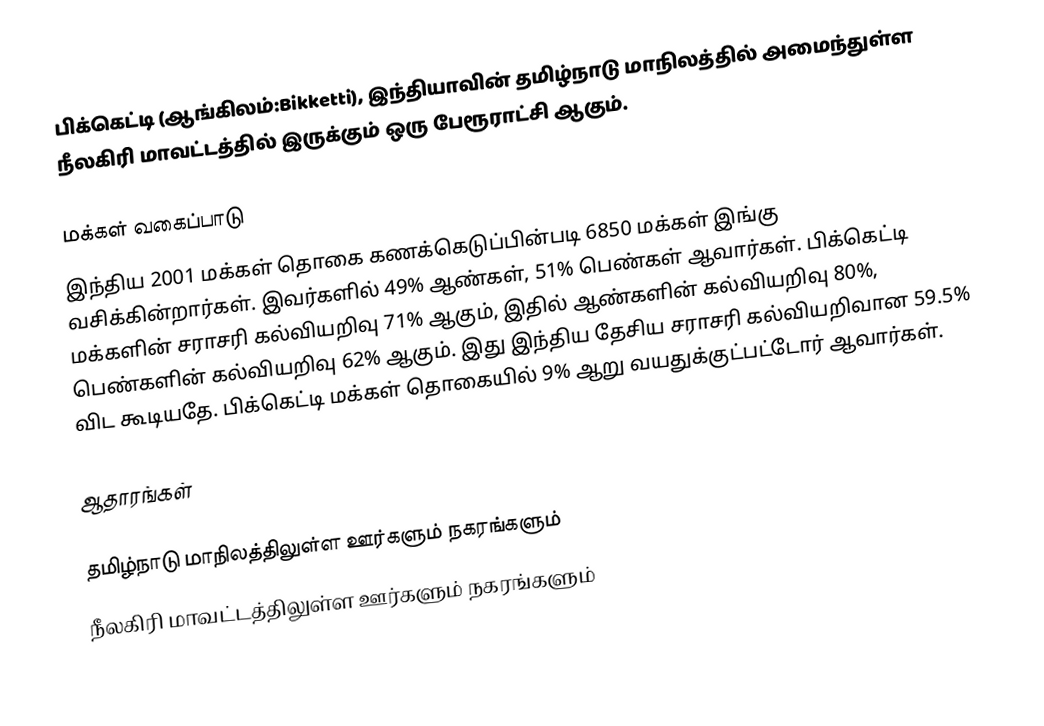
பிக்கெட்டி (ஆங்கிலம்:Bikketti), இந்தியாவின் தமிழ்நாடு மாநிலத்தில் அமைந்துள்ள நீலகிரி மாவட்டத்தில் இருக்கும் ஒரு பேரூராட்சி ஆகும்.

மக்கள் வகைப்பாடு
இந்திய 2001 மக்கள் தொகை கணக்கெடுப்பின்படி 6850 மக்கள் இங்கு வசிக்கின்றார்கள். இவர்களில் 49% ஆண்கள், 51% பெண்கள் ஆவார்கள். பிக்கெட்டி மக்களின் சராசரி கல்வியறிவு 71% ஆகும்,  இதில் ஆண்களின் கல்வியறிவு 80%,  பெண்களின் கல்வியறிவு 62% ஆகும். இது இந்திய தேசிய சராசரி கல்வியறிவான 59.5% விட கூடியதே. பிக்கெட்டி மக்கள் தொகையில் 9%  ஆறு வயதுக்குட்பட்டோர் ஆவார்கள்.

ஆதாரங்கள்

 தமிழ்நாடு மாநிலத்திலுள்ள ஊர்களும் நகரங்களும்
நீலகிரி மாவட்டத்திலுள்ள ஊர்களும் நகரங்களும்